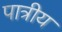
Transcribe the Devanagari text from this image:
पात्रीय